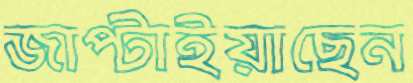
জাপ্‌টাইয়াছেন